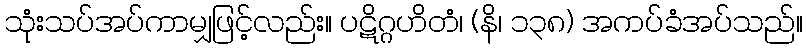
သုံးသပ်အပ်ကာမျှဖြင့်လည်း။ ပဋိဂ္ဂဟိတံ၊ (နိ၊ ၁၃၈) အကပ်ခံအပ်သည်။